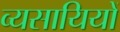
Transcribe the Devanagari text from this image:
व्यसायियों